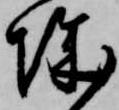
城